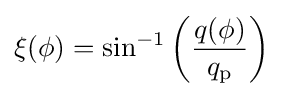
\xi (\phi )=\sin ^{-1}\left({\frac {q(\phi )}{q_{\mathrm {p} }}}\right)